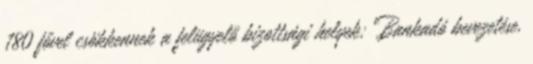
180 fővel csökkennek a felügyelő bizottsági helyek; Bankadó bevezetése,